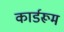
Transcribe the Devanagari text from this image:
कार्डरूम